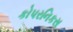
કોપરનિકસ